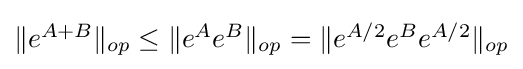
{\textstyle \|e^{A+B}\|_{op}\leq \|e^{A}e^{B}\|_{op}=\|e^{A/2}e^{B}e^{A/2}\|_{op}}